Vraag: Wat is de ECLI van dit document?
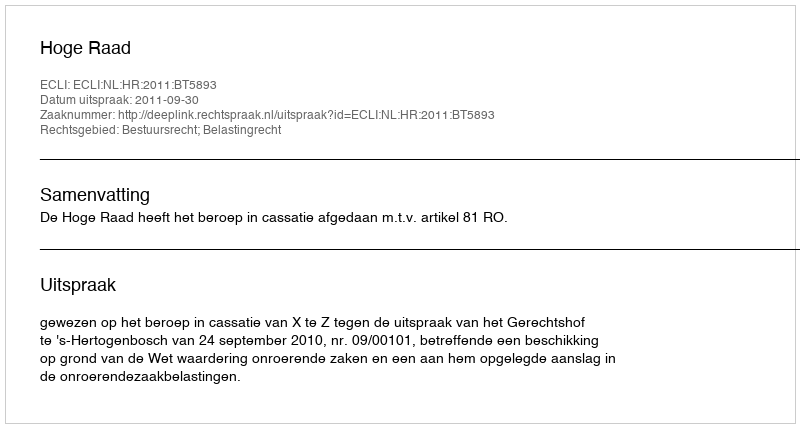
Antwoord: ECLI:NL:HR:2011:BT5893